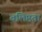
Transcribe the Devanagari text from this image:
बलिष्ठता